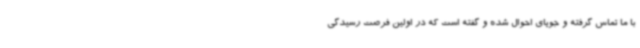
با ما تماس گرفته و جویای احوال شده و گفته است که در اولین فرصت رسیدگی